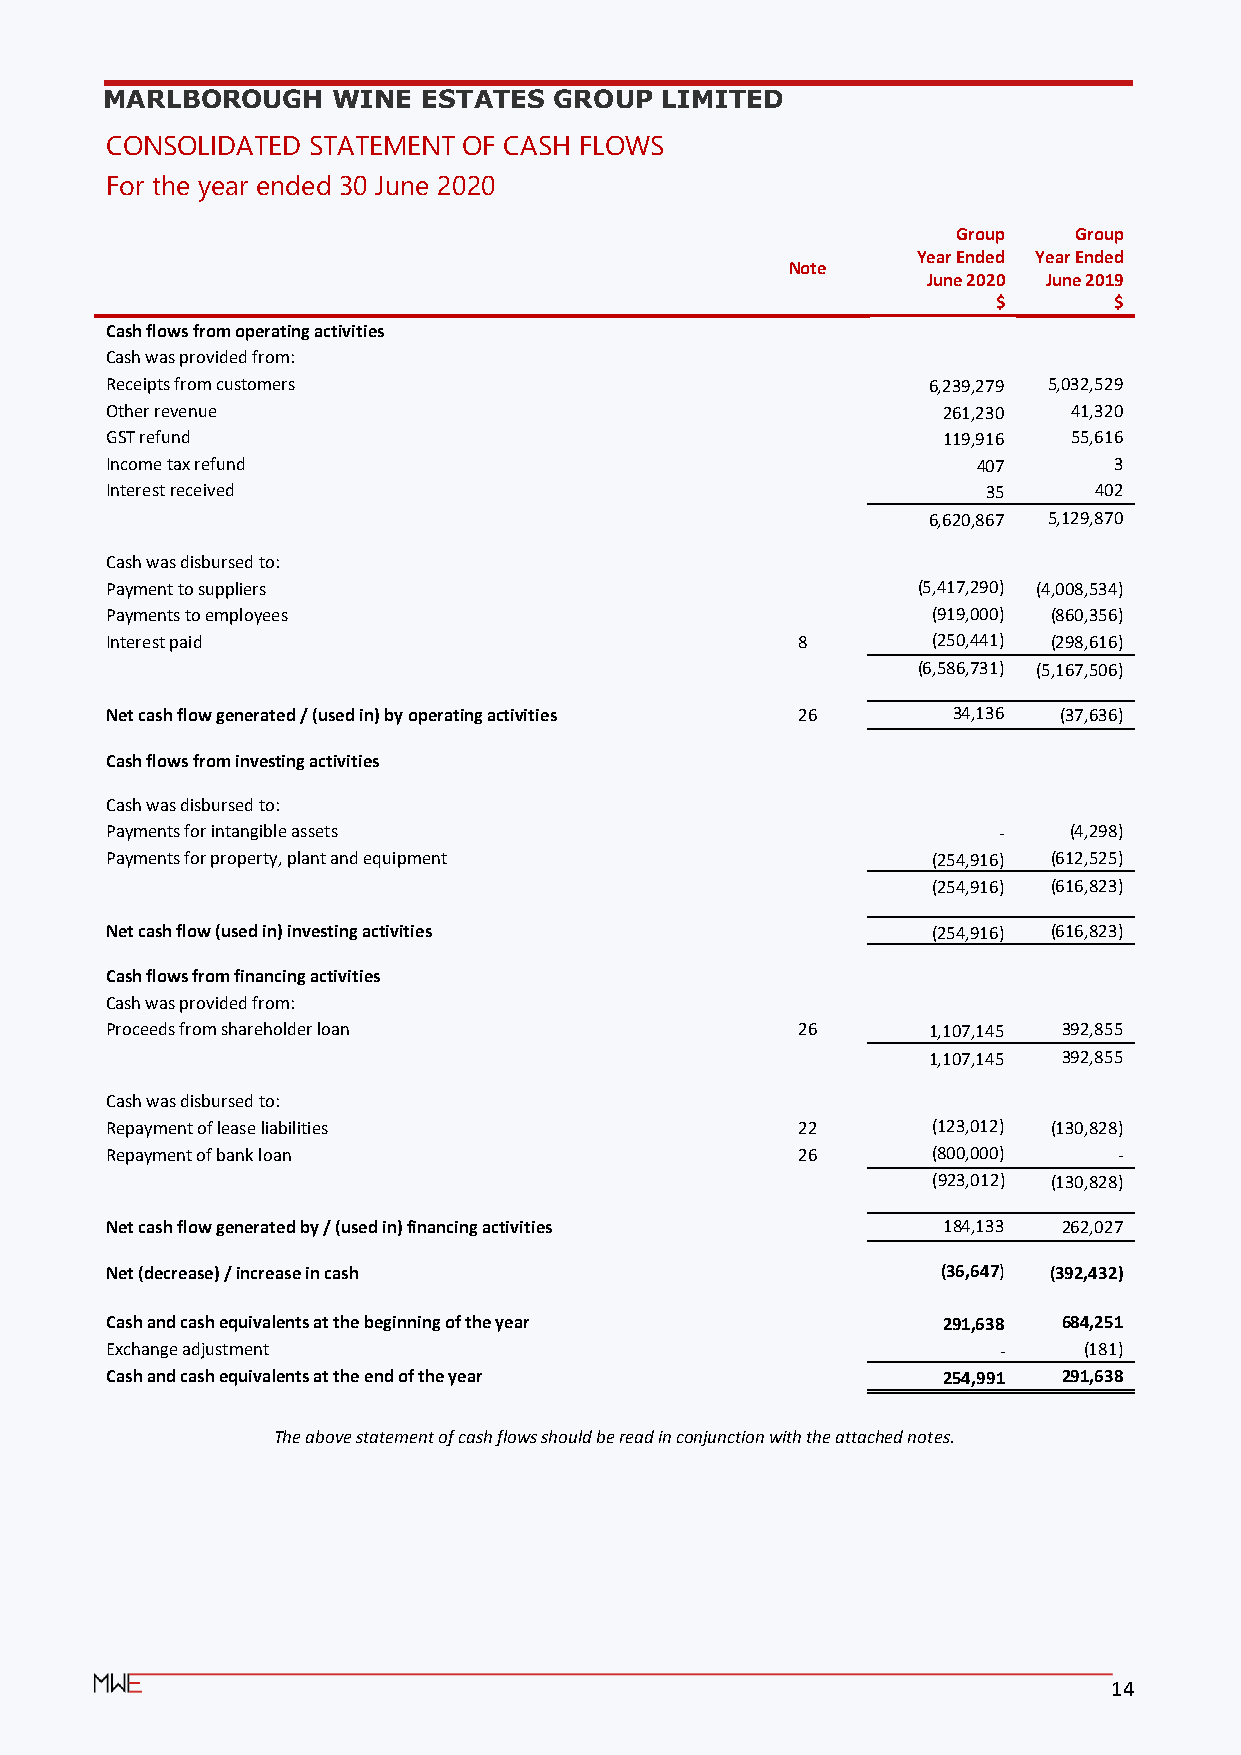
MARLBOROUGH    WINE  ESTATES  GROUP  LIMITED
 CONSOLIDATED STATEMENT  OF CASH FLOWS
 For the year ended 30 June 2020
 Group   Group
 Year Ended Year Ended
 Note
 June 2020 June 2019
 $       $
 Cash flows from operating activities
 Cash was provided from:
 Receipts from customers                               6,239,279 5,032,529
 Other revenue                                          261,230  41,320
 GST refund                                             119,916  55,616
 Income tax refund                                         407      3
 Interest received                                         35     402
 6,620,867 5,129,870
 Cash was disbursed to:
 Payment to suppliers                                  (5,417,290) (4,008,534)
 Payments to employees                                  (919,000) (860,356)
 Interest paid                                 8        (250,441) (298,616)
 (6,586,731) (5,167,506)
 Net cash flow generated / (used in) by operating activities 26 34,136 (37,636)
 Cash flows from investing activities
 Cash was disbursed to:
 Payments for intangible assets                             -    (4,298)
 Payments for property, plant and equipment             (254,916) (612,525)
 (254,916) (616,823)
 Net cash flow (used in) investing activities           (254,916) (616,823)
 Cash flows from financing activities
 Cash was provided from:
 Proceeds from shareholder loan                26      1,107,145 392,855
 1,107,145 392,855
 Cash was disbursed to:
 Repayment of lease liabilities                22       (123,012) (130,828)
 Repayment of bank loan                        26       (800,000)   -
 (923,012) (130,828)
 Net cash flow generated by / (used in) financing activities 184,133 262,027
 Net (decrease) / increase in cash                      (36,647) (392,432)
 Cash and cash equivalents at the beginning of the year 291,638 684,251
 Exchange adjustment                                        -     (181)
 Cash and cash equivalents at the end of the year       254,991 291,638
 The above statement of cash flows should be read in conjunction with the attached notes.
 14